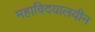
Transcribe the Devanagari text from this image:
महाविदयालयीन